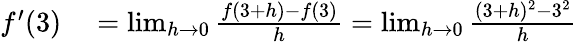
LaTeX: \begin{array}{rl}{f^{\prime}(3)}&{{}=\operatorname*{lim}_{h\to 0}{\frac{f(3+h)-f(3)}{h}}=\operatorname*{lim}_{h\to 0}{\frac{(3+h)^{2}-3^{2}}{h}}}\end{array}